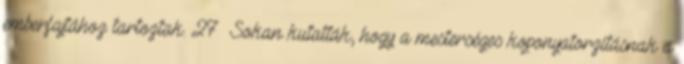
emberfajtához tartoztak. 27 Sokan kutatták, hogy a mesterséges koponyatorzításnak a